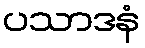
ပသာဒနံ